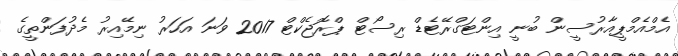
އެމްއެމްޕީއާރުސީން ބުނީ އިންޓަގްރޭޓެޑް ރިސޯޓް ޕްރޮޖެކްޓް 2017 ވަނަ އަހަރު ނިމޭއިރު މެދުފަންތީގެ